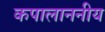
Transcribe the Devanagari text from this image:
कपालाननीय